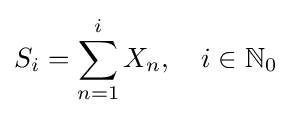
S_{i}=\sum _{n=1}^{i}X_{n},\quad i\in {\mathbb {N} }_{0}